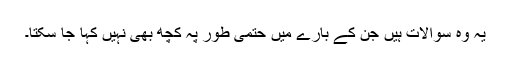
یہ وہ سوالات ہیں جن کے بارے میں حتمی طور پہ کچھ بھی نہیں کہا جا سکتا۔